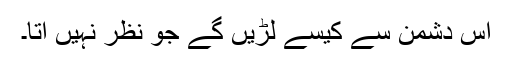
اس دشمن سے کیسے لڑیں گے جو نظر نہیں آتا۔